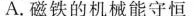
A.磁铁的机械能守恒